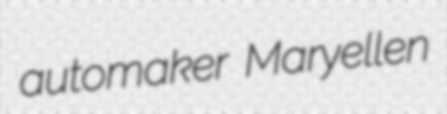
automaker Maryellen